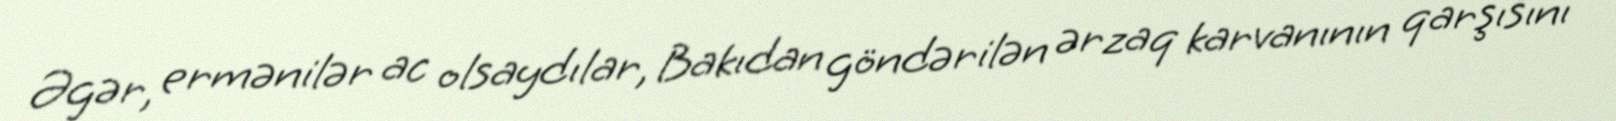
Əgər, ermənilər ac olsaydılar, Bakıdan göndərilən ərzaq karvanının qarşısını